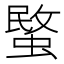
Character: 𮔧